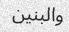
والبنين